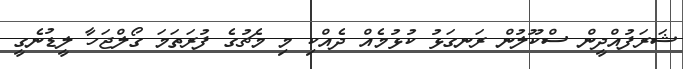
ޝަރަފުއްދީން ސްކޫލުން ރަނގަޅު ކުޅުމެއް ދެއްކި މި މެޗުގެ ފުރަތަމަ ގޯލްޖަހާ ލީޑުނެގީ